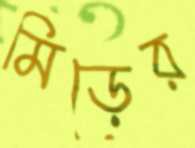
মিড়ের